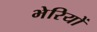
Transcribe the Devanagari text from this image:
भेरियों